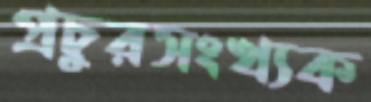
প্রচুরসংখ্যক